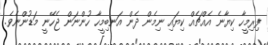
ފިރިމީހާ ކިޔާނެ އެއްޗެއް ކިޔައި ނިމެން ދެން އަނބިމީހާ ހުންނަން ޖެހޭނީ މަޑުންނެވެ.